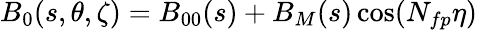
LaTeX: {B_{0}}(s,\theta,\zeta)=B_{00}(s)+B_{M}(s)\cos(N_{fp}\eta)